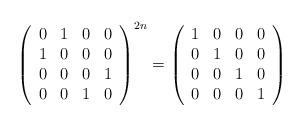
LaTeX: \begin{align*}\left( \begin{array}{cccc}0 & 1 & 0 & 0 \\ 1 & 0 & 0 & 0 \\0 & 0 & 0 & 1 \\0 & 0 & 1 & 0 \\\end{array}\right) ^{2n}=\left( \begin{array}{cccc}1 & 0 & 0 & 0 \\ 0 & 1 & 0 & 0 \\0 & 0 & 1 & 0 \\0 & 0 & 0 & 1 \\\end{array}\right)\end{align*}